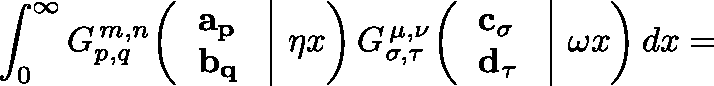
\int _ { 0 } ^ { \infty } G _ { p , q } ^ { \, m , n } \! \left( \left. { \begin{array} { l } { \mathbf { a _ { p } } } \\ { \mathbf { b _ { q } } } \end{array} } \; \right| \, \eta x \right) G _ { \sigma , \tau } ^ { \, \mu , \nu } \! \left( \left. { \begin{array} { l } { \mathbf { c _ { \sigma } } } \\ { \mathbf { d _ { \tau } } } \end{array} } \; \right| \, \omega x \right) d x =